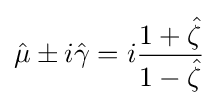
{\hat {\mu }}\pm i{\hat {\gamma }}=i{\frac {1+{\hat {\zeta }}}{1-{\hat {\zeta }}}}